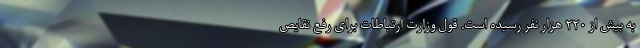
به بیش از ۲۲۰ هزار نفر رسیده است. قول وزارت ارتباطات برای رفع نقایص